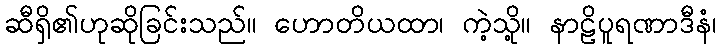
ဆီရှိ၏ဟုဆိုခြင်းသည်။ ဟောတိယထာ၊ ကဲ့သို့။ နာဠိပူရဏာဒီနံ၊